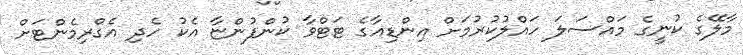
މާލޭގެ ކުނީގެ މައްސަލަ ހައްލުކުރުމަށް އިންޑިއާގެ ޓަޓްވާ ކުންފުންޏާ އެކު ހެދި އެގްރިމެންޓަށް